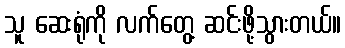
သူ ဆေးရုံကို လက်တွေ့ ဆင်းဖို့သွားတယ်။